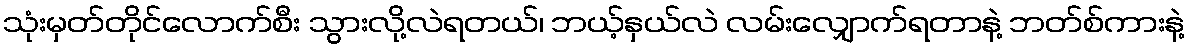
သုံးမှတ်တိုင်လောက်စီး သွားလို့လဲရတယ်၊ ဘယ့်နှယ်လဲ လမ်းလျှောက်ရတာနဲ့ ဘတ်စ်ကားနဲ့